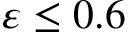
\varepsilon \leq 0 . 6